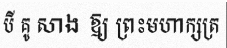
បី គូ សាង ឱ្យ ព្រះមហាក្សត្រ